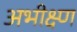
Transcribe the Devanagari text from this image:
अभीक्ष्ण